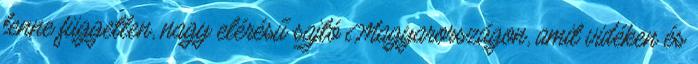
lenne független, nagy elérésű sajtó Magyarországon, amit vidéken és